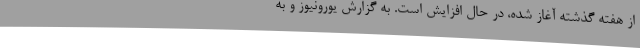
از هفته گذشته آغاز شده، در حال افزایش است. به گزارش یورونیوز و به